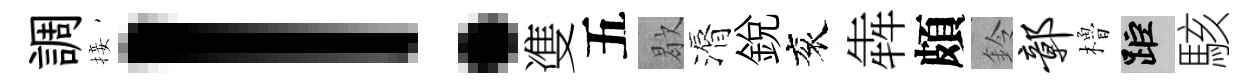
調接！㕠五歇漘銳衮犇頗鈴鄣櫓距駭